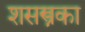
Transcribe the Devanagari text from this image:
शसस्त्रका